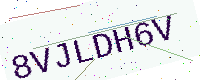
Text: 8VJLDH6V